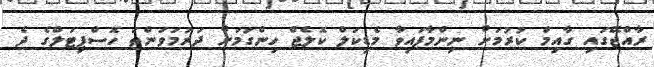
ރާއްޖޭގައި ގާއިމް ކުރުމަށް ނިންމާފައިވާ މެޑިކަލް ކޮލެޖް ހިންގުމަށް ދަރުމަވަންތަ ހޮސްޕިޓަލްގެ ދެ